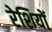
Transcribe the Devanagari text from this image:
रेशियों